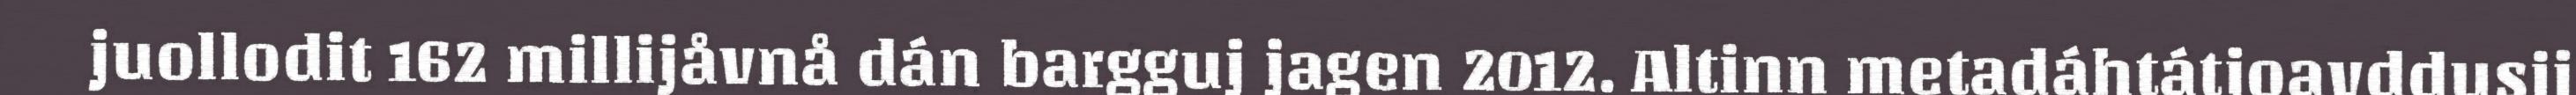
juollodit 162 millijåvnå dán bargguj jagen 2012. Altinn metadáhtátjoavddusij